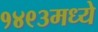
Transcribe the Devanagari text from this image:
१४९३मध्ये